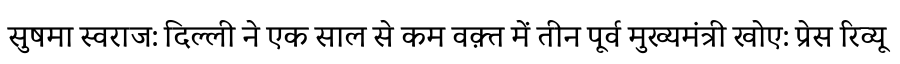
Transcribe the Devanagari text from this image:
सुषमा स्वराज: दिल्ली ने एक साल से कम वक़्त में तीन पूर्व मुख्यमंत्री खोए: प्रेस रिव्यू